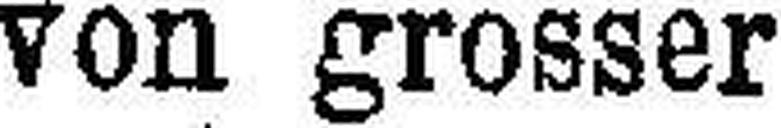
von grosser